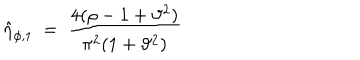
\hat { \eta } _ { \phi , 1 } ~ = ~ \frac { 4 ( \rho - 1 + \vartheta ^ { 2 } ) } { \pi ^ { 2 } ( 1 + \vartheta ^ { 2 } ) }